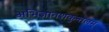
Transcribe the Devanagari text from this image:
अभिज्ञानशकुन्तलम्